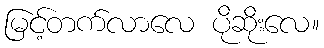
မြင့်တက်လာလေ ပိုဆိုးလေ။